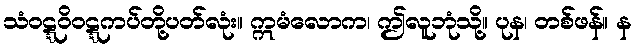
သံဝဋ္ဋဝိဝဋ္ဋကပ်တို့ပတ်လုံး။ ဣမံလောက၊ ဤလူဘုံသို့။ ပုန၊ တစ်ဖန်။ န